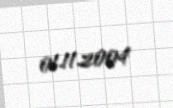
01.11.2004